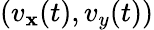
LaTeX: (v_{\mathbf{x}}(t),v_{y}(t))